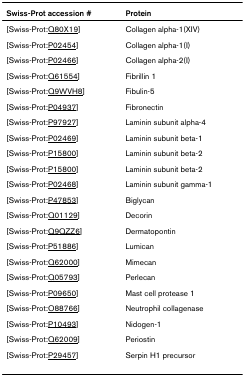
<table><thead><tr><td><b>Swiss-Prot accession #</b></td><td><b>Protein</b></td></tr></thead><tbody><tr><td>[Swiss-Prot:Q80X19]</td><td>Collagen alpha-1(XIV)</td></tr><tr><td>[Swiss-Prot:P02454]</td><td>Collagen alpha-1(I)</td></tr><tr><td>[Swiss-Prot:P02466]</td><td>Collagen alpha-2(I)</td></tr><tr><td>[Swiss-Prot:Q61554]</td><td>Fibrillin 1</td></tr><tr><td>[Swiss-Prot:Q9WVH8]</td><td>Fibulin-5</td></tr><tr><td>[Swiss-Prot:P04937]</td><td>Fibronectin</td></tr><tr><td>[Swiss-Prot:P97927]</td><td>Laminin subunit alpha-4</td></tr><tr><td>[Swiss-Prot:P02469]</td><td>Laminin subunit beta-1</td></tr><tr><td>[Swiss-Prot:P15800]</td><td>Laminin subunit beta-2</td></tr><tr><td>[Swiss-Prot:P15800]</td><td>Laminin subunit beta-2</td></tr><tr><td>[Swiss-Prot:P02468]</td><td>Laminin subunit gamma-1</td></tr><tr><td>[Swiss-Prot:P47853]</td><td>Biglycan</td></tr><tr><td>[Swiss-Prot:Q01129]</td><td>Decorin</td></tr><tr><td>[Swiss-Prot:Q9QZZ6]</td><td>Dermatopontin</td></tr><tr><td>[Swiss-Prot:P51886]</td><td>Lumican</td></tr><tr><td>[Swiss-Prot:Q62000]</td><td>Mimecan</td></tr><tr><td>[Swiss-Prot:Q05793]</td><td>Perlecan</td></tr><tr><td>[Swiss-Prot:P09650]</td><td>Mast cell protease 1</td></tr><tr><td>[Swiss-Prot:O88766]</td><td>Neutrophil collagenase</td></tr><tr><td>[Swiss-Prot:P10493]</td><td>Nidogen-1</td></tr><tr><td>[Swiss-Prot:Q62009]</td><td>Periostin</td></tr><tr><td>[Swiss-Prot:P29457]</td><td>Serpin H1 precursor</td></tr></tbody></table>